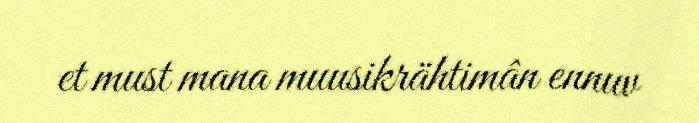
et must mana muusikrähtimân ennuv